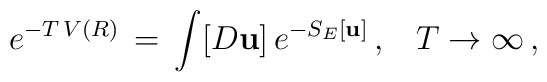
e^{-T\,V(R)}\,=\,\int[D{\bf u}]\,e^{-S_E [{\bf u}]}\,{,}\quad T\to\infty\,{,}